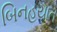
બિનહયાત